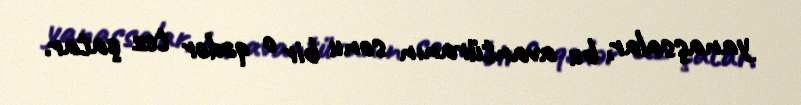
yanaşsalar, bu avantüranın sonu bir o qədər tez çatar.